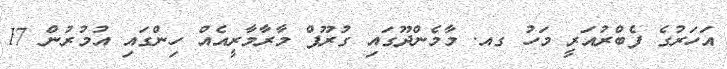
އަހަރުގެ ފެބްރުއަރީ މަހު ގއ. މާމެންދޫގައި ގުރޫޕް މާރާމާރީއެއް ހިންގައި އުމުރުން 17